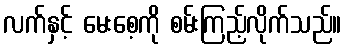
လက်နှင့် မေးစေ့ကို စမ်းကြည့်လိုက်သည်။